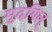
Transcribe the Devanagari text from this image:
मुदगिल्